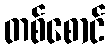
တစ်စောင်